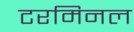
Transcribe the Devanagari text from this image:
टरमिनल